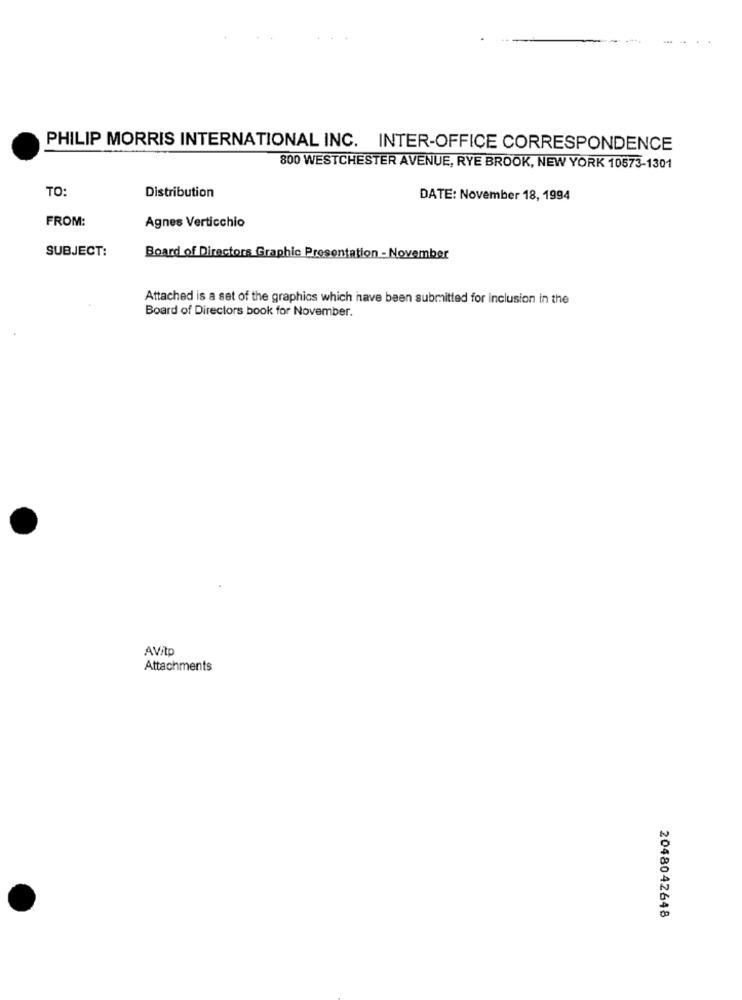
PHILIP MORRIS INTERNATIONAL INC. INTER-OFFICE CORRESPONDENCE
800 WESTCHESTER AVENUE, RYE BROOK, NEW YORK 10573-1301
TO:
Distribution
DATE: November 18, 1994
FROM:
Agnes Verticchio
SUBJECT:
Board of Directors Graphic Presentation - November
Attached is a set of the graphics which have been submitted for inclusion in the
Board of Directors book for November.
AVito
Attachments
2048042648